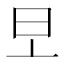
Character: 𣅂